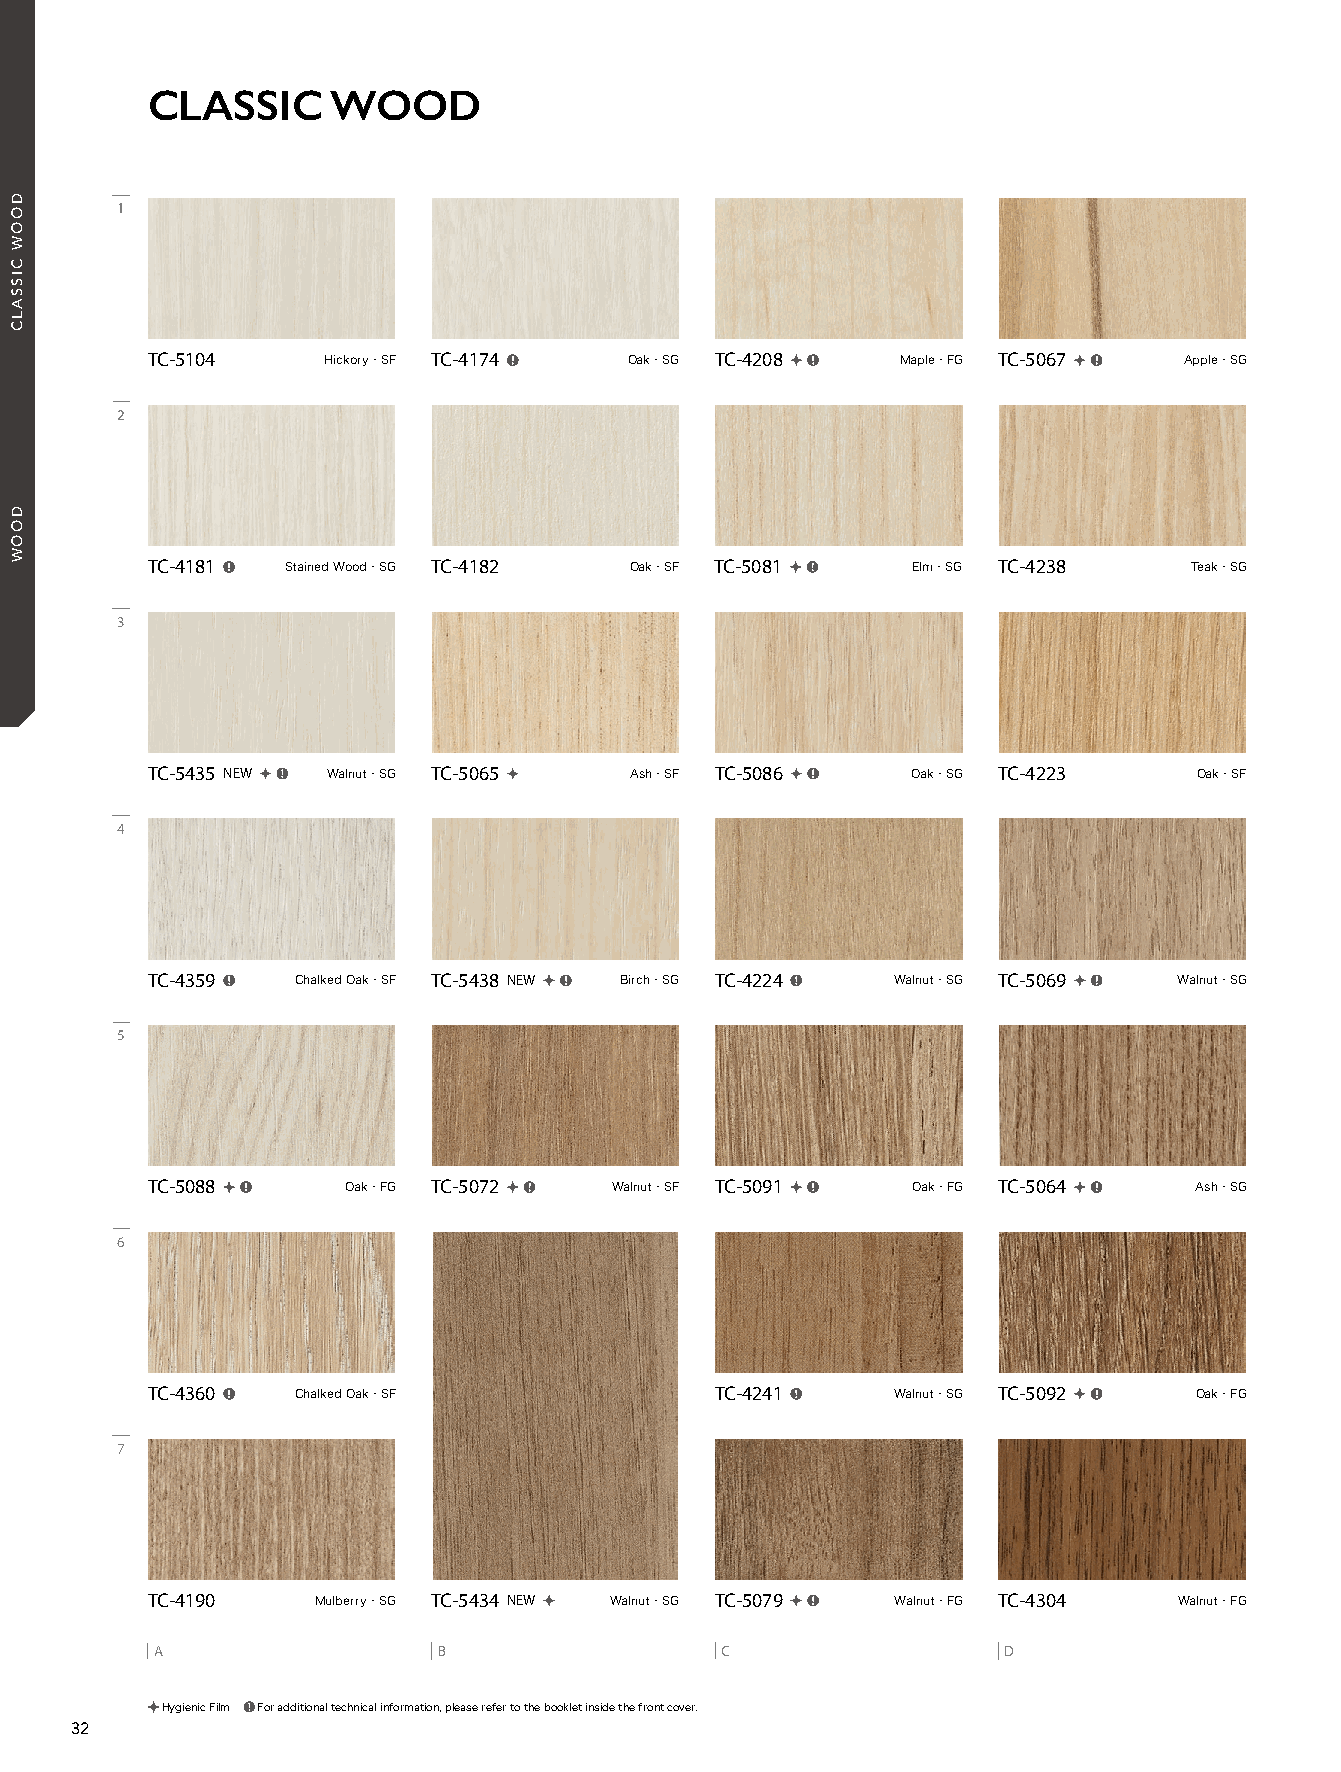
21_REATEC_vol11_P32_C1_KOROSEAL 21/11/19out 🅲🅼🆈🅺
 CLASSIC     WOOD
 1
 TC-5104   Hickory・SF TC-4174  Oak・SG TC-4208   Maple・FG TC-5067  Apple・SG
 2
 TC-4181  Stained Wood・SG TC-4182  Oak・SF TC-5081  Elm・SG TC-4238  Teak・SG
 3
 TC-5435 NEW  Walnut・SG TC-5065  Ash・SF TC-5086  Oak・SG TC-4223   Oak・SF
 4
 TC-4359  Chalked Oak・SF TC-5438 NEW  Birch・SG TC-4224  Walnut・SG TC-5069  Walnut・SG
 5
 TC-5088     Oak・FG TC-5072  Walnut・SF TC-5091  Oak・FG TC-5064    Ash・SG
 6
 TC-4360  Chalked Oak・SF             TC-4241    Walnut・SG TC-5092  Oak・FG
 7
 TC-4190   Mulberry・SG TC-5434 NEW  Walnut・SG TC-5079  Walnut・FG TC-4304  Walnut・FG
 A                  B                  C                 D
 Hygienic Film For additional technical information, please refer to the booklet inside the front cover.
 32
 DOOW
 CISSALC
 DOOW